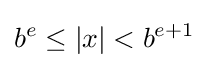
b^{e}\leq |x|<b^{e+1}